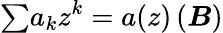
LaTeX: {\textstyle\sum}a_{k}z^{k}=a(z)\, (\boldsymbol{\mathit{B}})